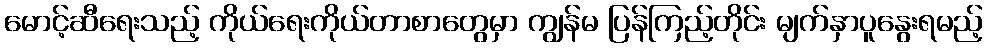
မောင့်ဆီရေးသည့် ကိုယ်ရေးကိုယ်တာစာတွေမှာ ကျွန်မ ပြန်ကြည့်တိုင်း မျက်နှာပူနွေးရမည့်